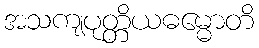
အသကျပုတ္တိယဓမ္မောတိ